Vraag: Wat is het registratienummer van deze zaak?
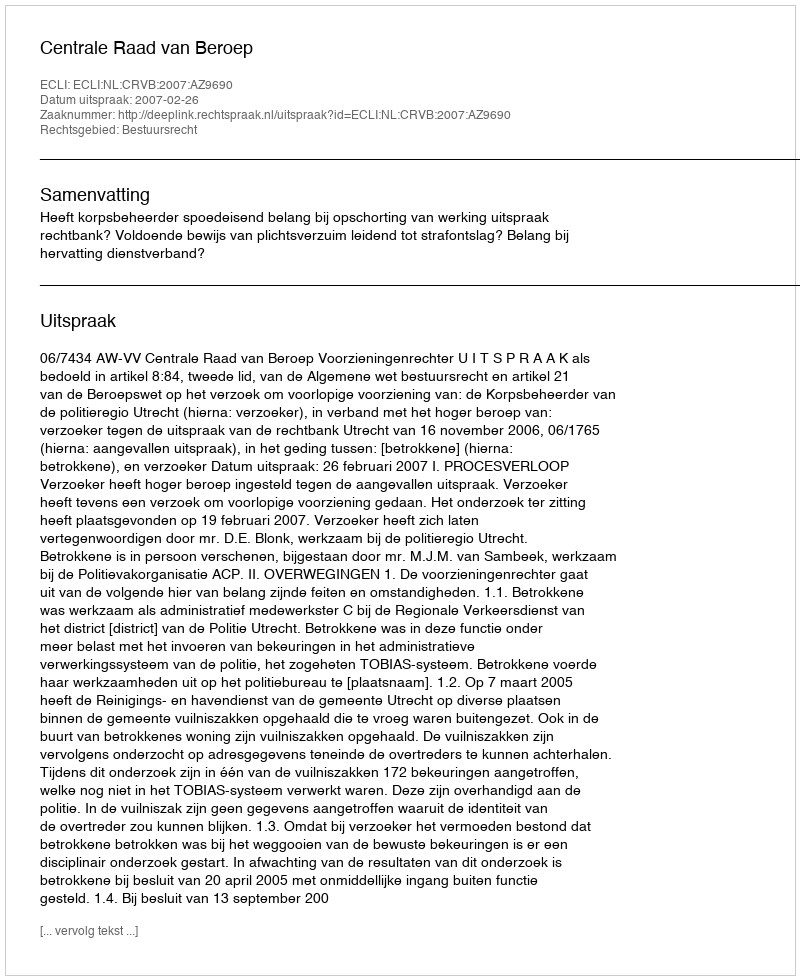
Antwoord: http://deeplink.rechtspraak.nl/uitspraak?id=ECLI:NL:CRVB:2007:AZ9690